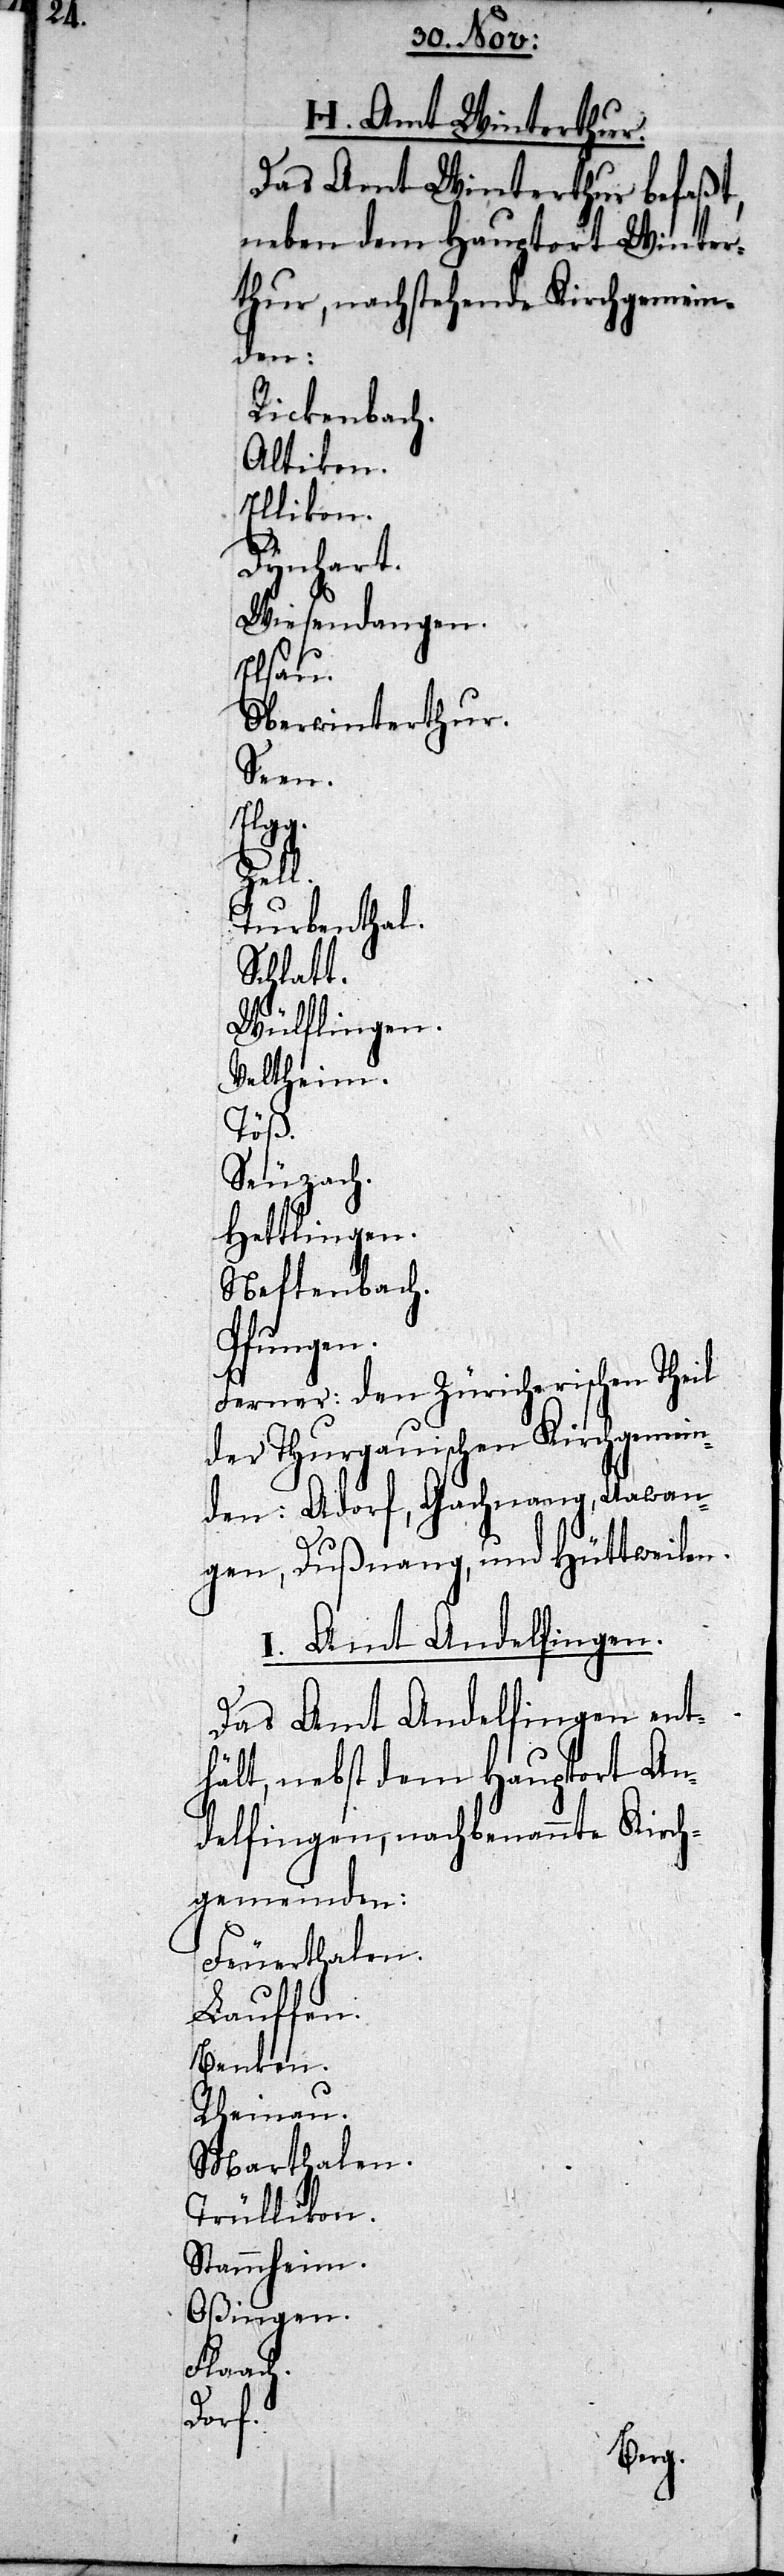
T¬
Das Amt Winter¬
thur, nachstehende
Rickenbach.
Altikon.
Ellikon.
Dynhart.
Wiesendange¬
irch¬
Oberwinterthur.
Seen.
Elgg.
heil
Turbenthal.
Schlatt.
Wülflingen.
Veltheim.
Töß.
Seuzach.
Hettlingen.
Neftenbach.
Pfungen.
Ferner: den Züriche¬
der Thurgauischen Kirc¬
den: Adorf, Gachnang,
gen, Dußnang, und Hüttweilen.
I. Amt Andelfingen.
Das Amt Andelfingen ent¬
hält, nebst dem Hauptort An¬
delfingen, nachbenannte K¬
gemeinden:
Feuerthalen.
Lauffen.
Benken.
Rheinau.
Marthalen.
Trüllikon.
Stammheim.
Oßingen.
Flaach.
Dorf.